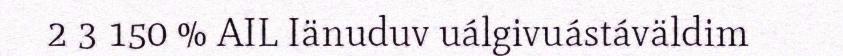
2 3 150 % AIL Iänuduv uálgivuástáväldim